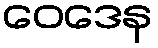
ဝေဒေန